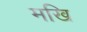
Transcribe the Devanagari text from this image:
मखि